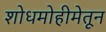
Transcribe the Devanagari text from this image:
शोधमोहीमेतून